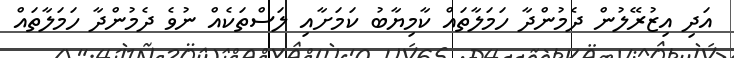
އަދި އިޒުރޭލުން ދެމުންދާ ހަމަލާތައް ކާމިޔާބު ކަމަށާއި ލަސްތަކެއް ނުވެ ދެމުންދާ ހަމަލާތައް